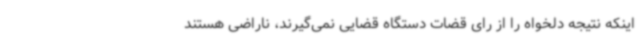
اینکه نتیجه دلخواه را از رای قضات دستگاه قضایی نمی‌گیرند، ناراضی هستند